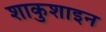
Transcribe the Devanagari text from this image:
शाकुशाइन